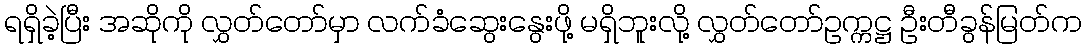
ရရှိခဲ့ပြီး အဆိုကို လွှတ်တော်မှာ လက်ခံဆွေးနွေးဖို့ မရှိဘူးလို့ လွှတ်တော်ဥက္ကဋ္ဌ ဦးတီခွန်မြတ်က